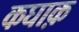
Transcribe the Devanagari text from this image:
कघाक़